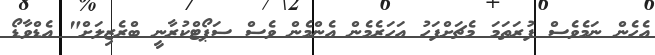
އެހެން ނަމެވެސް ފުރަތަމަ މެޗަށްފަހު އަހަރެމެން އެންމެން ވެސް ސަޕޯޓްކުރާނީ ބްރެޒިލަށް" އެޑްވާޑޯ